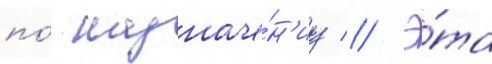
по́ назначе́н'иу // Э́та